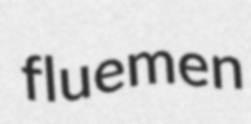
fluemen